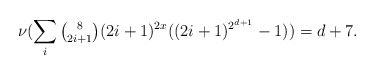
\begin{align*}\nu(\sum_i{\tbinom 8{2i+1}}(2i+1)^{2x}((2i+1)^{2^{d+1}}-1))=d+7.\end{align*}